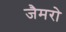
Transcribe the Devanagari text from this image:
जैमरो